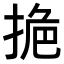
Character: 𭡔